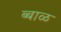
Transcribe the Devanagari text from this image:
ब्बाळ